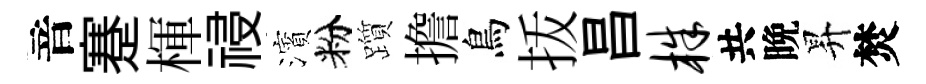
音蹇楎祲濱粉躓擔鳥㧞昌株共晩昇焚